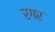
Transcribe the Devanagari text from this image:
रगर